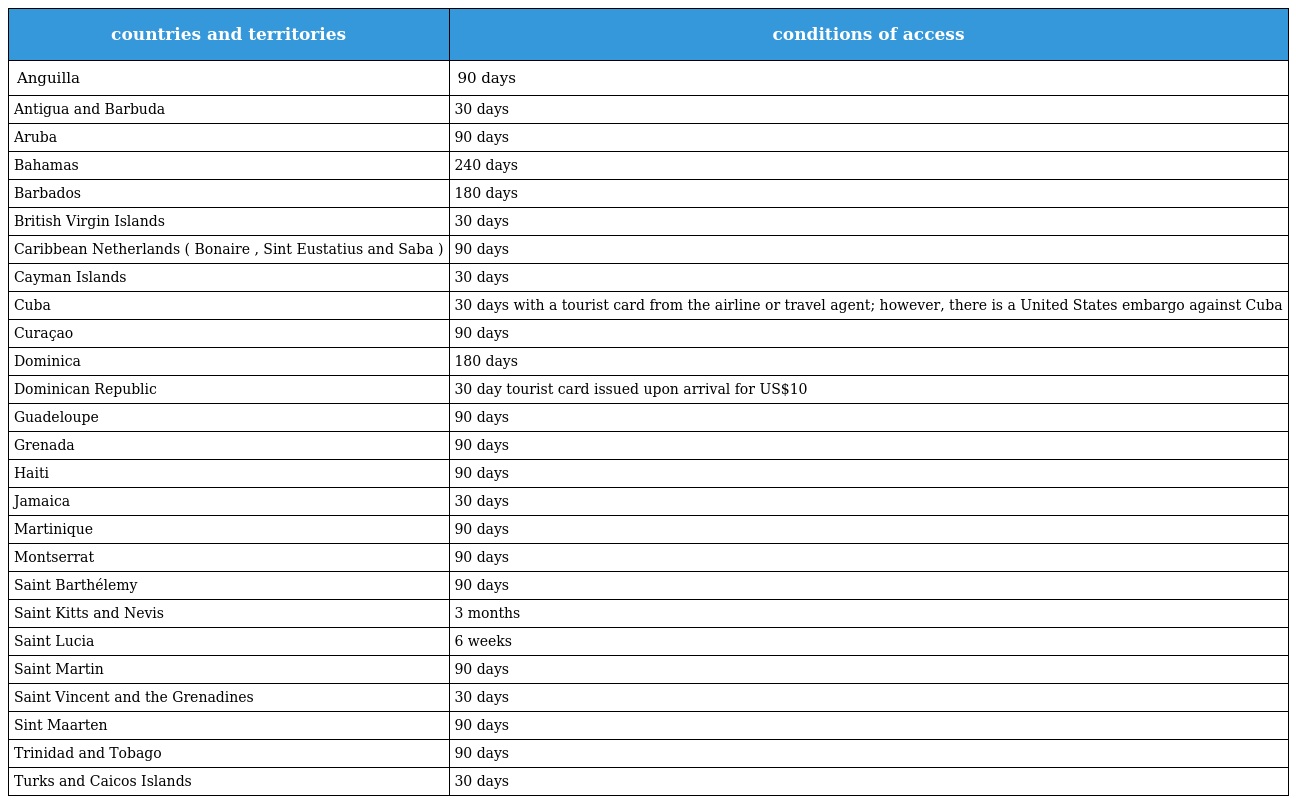
| countries and territories | conditions of access |
 | --- | --- |
 | Anguilla | 90 days |
 | Antigua and Barbuda | 30 days |
 | Aruba | 90 days |
 | Bahamas | 240 days |
 | Barbados | 180 days |
 | British Virgin Islands | 30 days |
 | Caribbean Netherlands ( Bonaire , Sint Eustatius and Saba ) | 90 days |
 | Cayman Islands | 30 days |
 | Cuba | 30 days with a tourist card from the airline or travel agent; however, there is a United States embargo against Cuba |
 | Curaçao | 90 days |
 | Dominica | 180 days |
 | Dominican Republic | 30 day tourist card issued upon arrival for US$10 |
 | Guadeloupe | 90 days |
 | Grenada | 90 days |
 | Haiti | 90 days |
 | Jamaica | 30 days |
 | Martinique | 90 days |
 | Montserrat | 90 days |
 | Saint Barthélemy | 90 days |
 | Saint Kitts and Nevis | 3 months |
 | Saint Lucia | 6 weeks |
 | Saint Martin | 90 days |
 | Saint Vincent and the Grenadines | 30 days |
 | Sint Maarten | 90 days |
 | Trinidad and Tobago | 90 days |
 | Turks and Caicos Islands | 30 days |